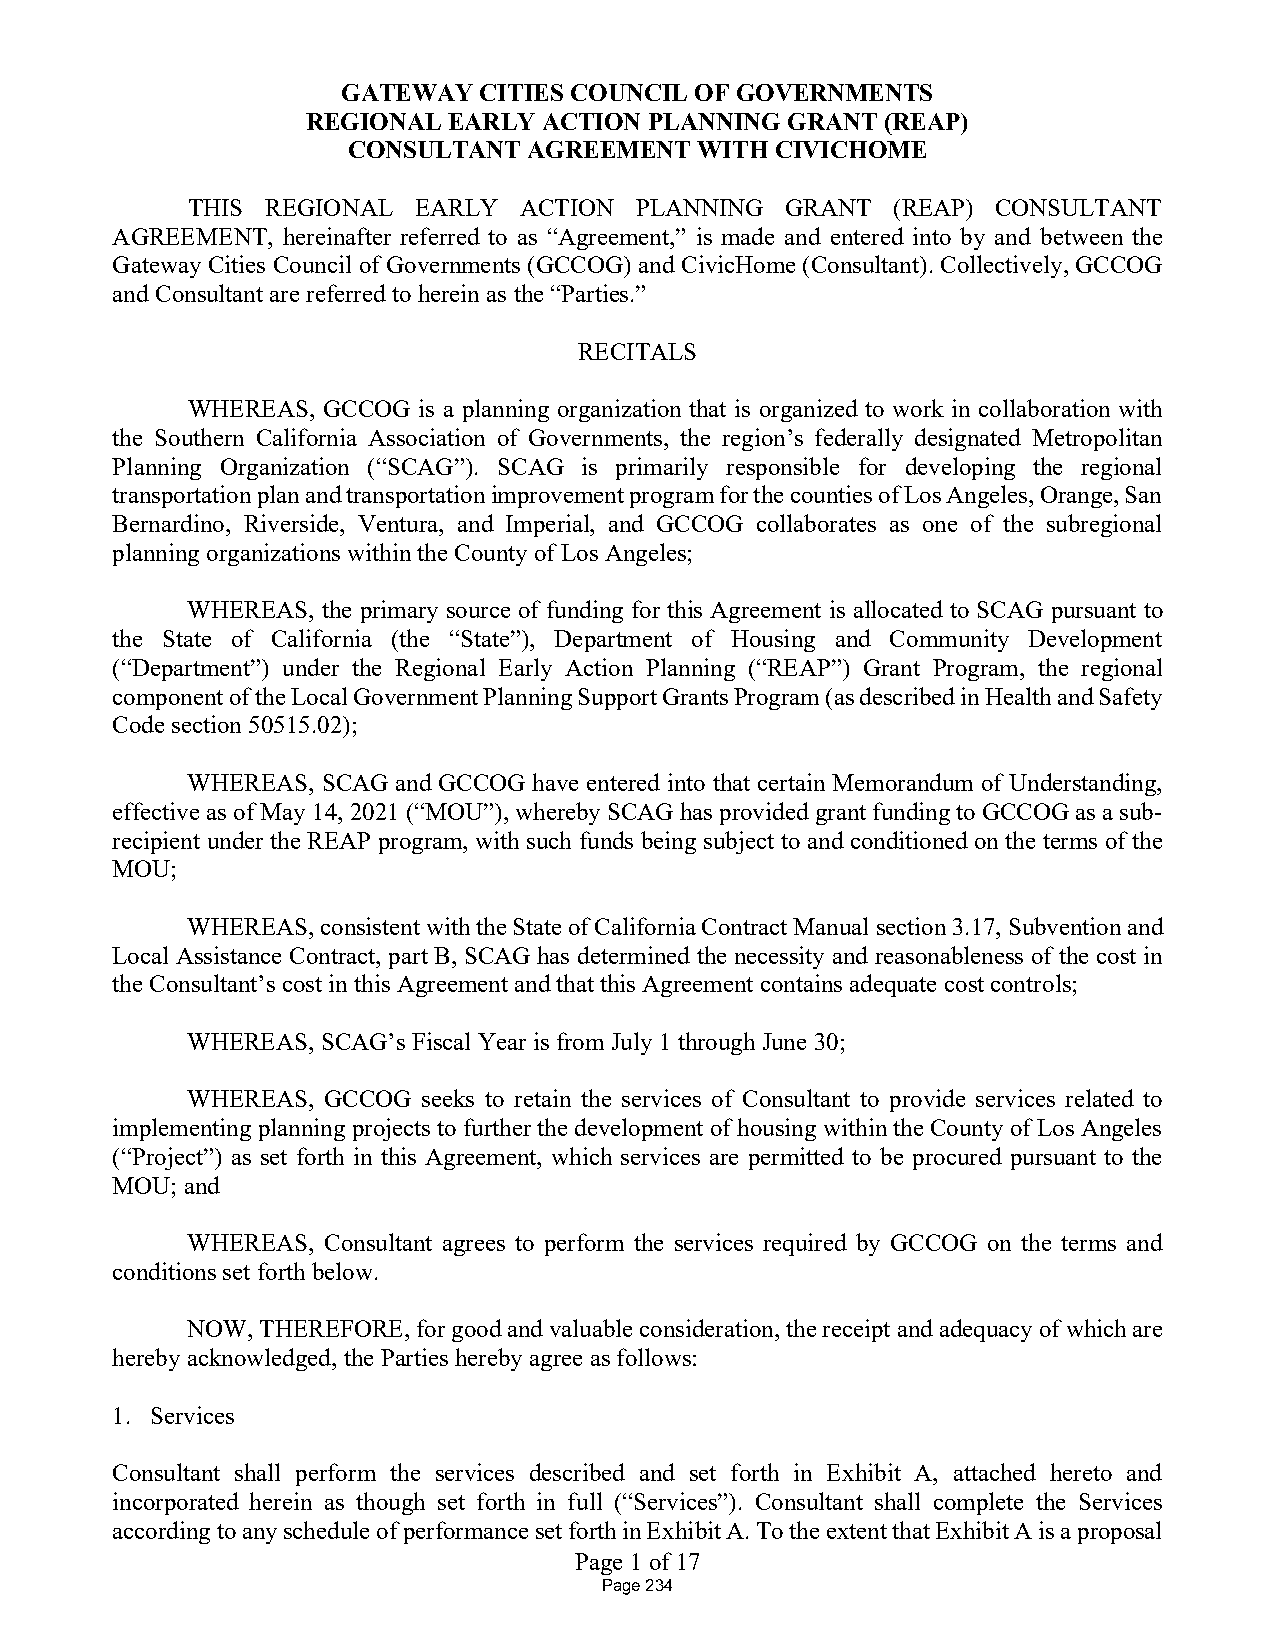
GATEWAY  CITIES COUNCIL OF GOVERNMENTS
 REGIONAL  EARLY ACTION PLANNING GRANT  (REAP)
 CONSULTANT  AGREEMENT  WITH CIVICHOME
 THIS  REGIONAL EARLY  ACTION  PLANNING  GRANT  (REAP) CONSULTANT
 AGREEMENT,  hereinafter referred to as “Agreement,” is made and entered into by and between the
 Gateway Cities Council of Governments (GCCOG) and CivicHome (Consultant). Collectively, GCCOG
 and Consultant are referred to herein as the “Parties.”
 RECITALS
 WHEREAS, GCCOG  is a planning organization that is organized to work in collaboration with
 the Southern California Association of Governments, the region’s federally designated Metropolitan
 Planning Organization (“SCAG”). SCAG is primarily responsible for developing the regional
 transportation plan and transportation improvement program for the counties of Los Angeles, Orange, San
 Bernardino, Riverside, Ventura, and Imperial, and GCCOG collaborates as one of the subregional
 planning organizations within the County of Los Angeles;
 WHEREAS, the primary source of funding for this Agreement is allocated to SCAG pursuant to
 the State of California (the “State”), Department of Housing and Community Development
 (“Department”) under the Regional Early Action Planning (“REAP”) Grant Program, the regional
 component of the Local Government Planning Support Grants Program (as described in Health and Safety
 Code section 50515.02);
 WHEREAS, SCAG and GCCOG have entered into that certain Memorandum of Understanding,
 effective as of May 14, 2021 (“MOU”), whereby SCAG has provided grant funding to GCCOG as a sub-
 recipient under the REAP program, with such funds being subject to and conditioned on the terms of the
 MOU;
 WHEREAS, consistent with the State of California Contract Manual section 3.17, Subvention and
 Local Assistance Contract, part B, SCAG has determined the necessity and reasonableness of the cost in
 the Consultant’s cost in this Agreement and that this Agreement contains adequate cost controls;
 WHEREAS, SCAG’s Fiscal Year is from July 1 through June 30;
 WHEREAS, GCCOG  seeks to retain the services of Consultant to provide services related to
 implementing planning projects to further the development of housing within the County of Los Angeles
 (“Project”) as set forth in this Agreement, which services are permitted to be procured pursuant to the
 MOU; and
 WHEREAS, Consultant agrees to perform the services required by GCCOG on the terms and
 conditions set forth below.
 NOW, THEREFORE, for good and valuable consideration, the receipt and adequacy of which are
 hereby acknowledged, the Parties hereby agree as follows:
 1. Services
 Consultant shall perform the services described and set forth in Exhibit A, attached hereto and
 incorporated herein as though set forth in full (“Services”). Consultant shall complete the Services
 according to any schedule of performance set forth in Exhibit A. To the extent that Exhibit A is a proposal
 Page 1 of 17
 Page 234